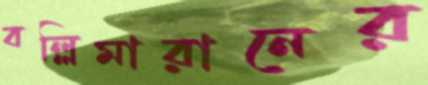
বল্লিমারানের